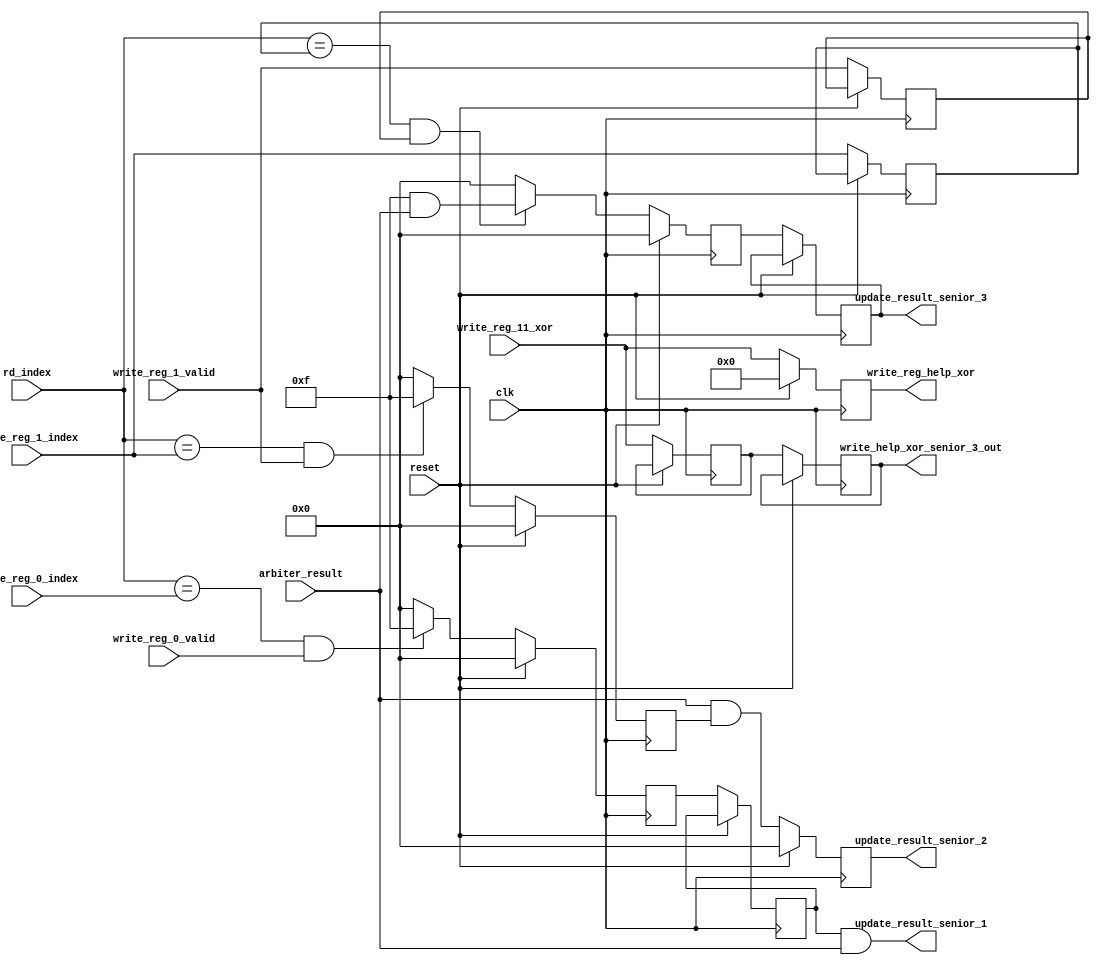
module DFU_URAM #(parameter NUM_MUL = 4, parameter INDEX_WIDTH = 12, parameter DATA_WIDTH = 64) (input clk, input reset, input [NUM_MUL*DATA_WIDTH-1:0] write_reg_11_xor, 
input [INDEX_WIDTH-1:0] write_reg_0_index, input [INDEX_WIDTH-1:0] write_reg_1_index, input write_reg_0_valid, 
input write_reg_1_valid, input [INDEX_WIDTH-1:0] rd_index, 
input [NUM_MUL-1:0] arbiter_result,
output [NUM_MUL-1:0] update_result_senior_1, output reg [NUM_MUL-1:0] update_result_senior_2,  output reg [NUM_MUL*DATA_WIDTH-1:0] write_reg_help_xor, 
output reg [NUM_MUL-1:0] update_result_senior_3, output reg [NUM_MUL*DATA_WIDTH-1:0] write_help_xor_senior_3_out);
// write_reg_0_index, the index of write_reg_0, rd_index, the index of current read.

	reg [NUM_MUL-1:0] valid_and_same[2:0]; 
	// it only have two value: 000000, or , 111111(all 0 or all 1);
	 reg [NUM_MUL-1:0] valid_and_same_0;
	 reg [INDEX_WIDTH-1:0] write_reg_11_index;
	 reg write_reg_11_valid;
	 
	 reg [NUM_MUL*DATA_WIDTH-1:0] write_help_xor_senior_3;
	
	assign update_result_senior_1 = valid_and_same_0 & arbiter_result;
	
	always @(posedge clk) begin
		if(reset) begin
			valid_and_same[1] <= 0;
			valid_and_same[0] <= 0;
			valid_and_same[2] <= 0;
			write_reg_help_xor <= 0;
			update_result_senior_2 <= 0;
		end
		else begin
		//----------------------before---------------------------------//
			write_reg_11_index <= write_reg_1_index;
			write_reg_11_valid <= write_reg_1_valid;
		// -----------------first stage------------------------------//
			write_help_xor_senior_3 <= write_reg_11_xor;
		
			if((rd_index == write_reg_0_index) && write_reg_0_valid) begin
				valid_and_same[0] <= {NUM_MUL{1'b1}};
			end
			else begin
				valid_and_same[0] <= 0;
			end
			if((rd_index == write_reg_1_index) && write_reg_1_valid) begin
				valid_and_same[1] <= {NUM_MUL{1'b1}};
			end
			else begin
				valid_and_same[1] <= 0;
			end
			
			if((rd_index == write_reg_11_index) && write_reg_11_valid) begin
				valid_and_same[2] <= {NUM_MUL{1'b1}} & arbiter_result;
			end
			else begin
				valid_and_same[2] <= 0;
			end
			
		//---------------------second stage -------------------------//
			write_help_xor_senior_3_out <= write_help_xor_senior_3;
			write_reg_help_xor <= write_reg_11_xor;
			update_result_senior_2 <= arbiter_result & valid_and_same[1];
			update_result_senior_3 <= valid_and_same[2];
			valid_and_same_0 <= valid_and_same[0];
		end
	end
endmodule